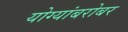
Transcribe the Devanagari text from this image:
योग्यांबरोबर